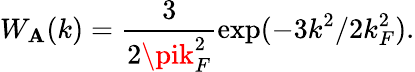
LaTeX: W_{\mathbf{A}}(k)=\frac{{3}}{{2\pik_{F}^{2}}}\exp(-3k^{2}/2k_{F}^{2}).